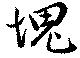
塊